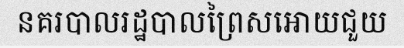
នគរបាលរដ្ឋបាលព្រៃសអោយជួយ